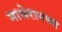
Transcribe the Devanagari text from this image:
माथेरानचा